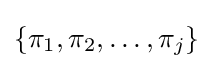
\{\pi _{1},\pi _{2},\ldots ,\pi _{j}\}